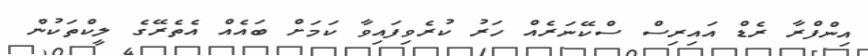
އިންފްރާ ރެޑް އައިރިސް ސްކޭނަރެއް ހަރު ކުރެވިފައިވާ ކަމަށް ބައެއް އެތެރޭގެ ލީކްތަކުން